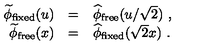
\begin{array} { r c l } { \widetilde \phi _ { \mathrm { f i x e d } } ( u ) } & { = } & { \widehat \phi _ { \mathrm { f r e e } } ( u / \sqrt { 2 } ) \ , } \\ { \widetilde \phi _ { \mathrm { f r e e } } ( x ) } & { = } & { \widehat \phi _ { \mathrm { f i x e d } } ( \sqrt { 2 } x ) \ . } \\ \end{array}